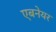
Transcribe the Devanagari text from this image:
एबनेयर